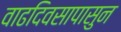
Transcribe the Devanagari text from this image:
वाढदिवसापासुन